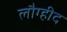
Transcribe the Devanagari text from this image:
लौग्हीद